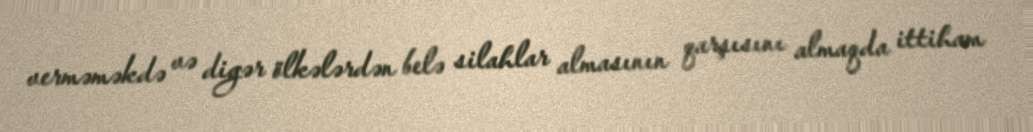
verməməkdə və digər ölkələrdən belə silahlar almasının qarşısını almaqda ittiham